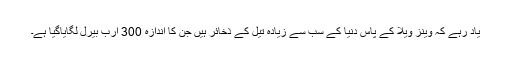
یاد رہے کہ وینز ویلا کے پاس دنیا کے سب سے زیادہ تیل کے ذخائر ہیں جن کا اندازہ 300 ارب بیرل لگایاگیا ہے۔